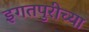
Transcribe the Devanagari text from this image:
इगतपुरीच्या